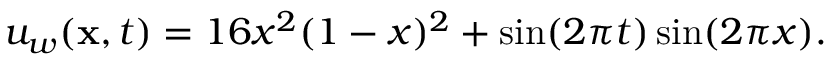
u _ { w } ( \mathbf { x } , t ) = 1 6 x ^ { 2 } ( 1 - x ) ^ { 2 } + \sin ( 2 \pi t ) \sin ( 2 \pi x ) .